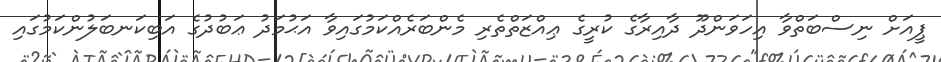
ޕީއަށް ނިސްބަތްވާ އިހަވަންދޫ ދާއިރާގެ ކުރީގެ ޢިއްޒަތްތެރި މެންބަރެއްކަމުގައިވާ އަޙުމަދު ޢަބުދުގެ އަބިކަނބަލުންކަމުގައި